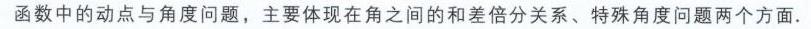
函数中的动点与角度问题，主要体现在角之间的和差倍分关系、特殊角度问题两个方面.